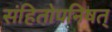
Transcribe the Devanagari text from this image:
संहितोपनिषत्